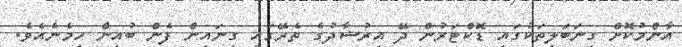
އާންމުކޮށް ގިނަބަލިތަކުގައި ޑޮކްޓަރުން ދޭ އިރުޝާދުގެ ތެރޭގައި ގިނައިން ފެން ބުއިން ހިމެނެއެވެ.